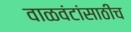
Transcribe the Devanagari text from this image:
वाळवंटांसाठीच